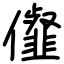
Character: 㒠